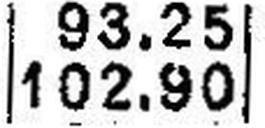
102.90